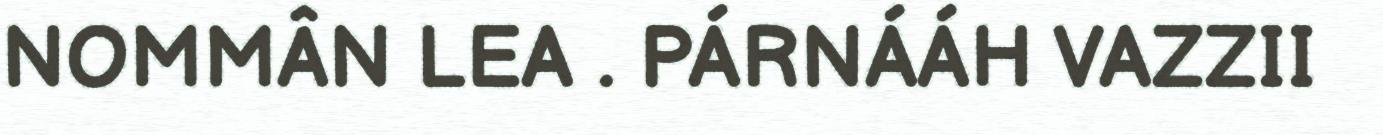
NOMMÂN LEA . PÁRNÁÁH VAZZII